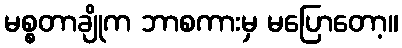
မစ္စတာချိုက ဘာစကားမှ မပြောတော့။